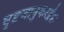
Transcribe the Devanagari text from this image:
घृष्टजानुकरद्वंद्वः